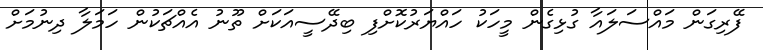
ފޭރިގަން މައްސަލައާ ގުޅިގެން މީހަކު ހައްޔަރުކޮށްފި ބިދޭސީއަކަށް ތޫނު އެއްޗަކުން ހަމަލާ ދިނުމަށް